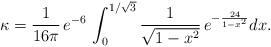
LaTeX: \begin{align*}\kappa = \frac{1}{16\pi}\,e^{-6}\, \int_0^{1/\sqrt{3}} \frac{1}{\sqrt{1-x^2}}\, e^{-\frac{24}{1-x^2}} dx.\end{align*}